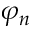
\varphi _ { n }